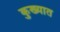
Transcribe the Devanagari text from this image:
कुख्‍यात